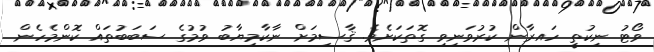
ވޯޓު ނިކުތީ ހައރާން ކުރުވަނިވި ގޮތަކަށެވެ. ޤާސިމަށް ނާކާމިޔާބު ވުމުގެ ސަބަބުތައް ކޮންމެހެން